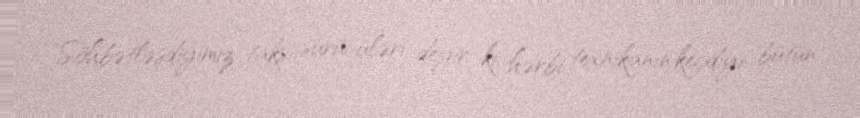
Söhbətləşdiyimiz taksi sürücüləri deyir ki, hərbi texnikanın keçdiyi bütün